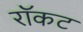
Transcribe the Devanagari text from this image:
रॉकट